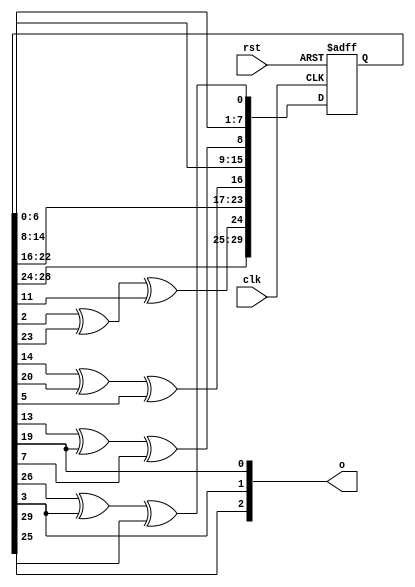
module random_number(clk, rst, o);
	input clk, rst;
	output reg [2:0]o;
	reg [31:0]ff;
	
	always @(posedge clk or negedge rst)
	begin
		if (rst == 1'b0)
			ff <= 32'd1;
		else
			ff <= {ff[30:24], ff[2] ^ ff[23] ^ ff[11],
								ff[22:16], ff[14] ^ ff[20] ^ ff[5],
								ff[14:8], ff[13] ^ ff[19] ^ ff[7],
								ff[6:0], ff[26] ^ ff[3] ^ ff[29]};
													
	end
		
		always @(*)
			o = {ff[25], ff[3], ff[19]};
endmodule